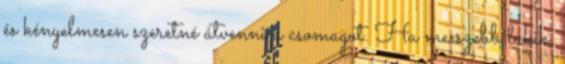
és kényelmesen szeretné átvenni a csomagot. Ha messzebb lakik,